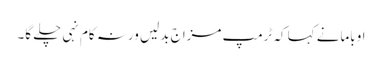
اوبامانے کہا کہ ٹرمپ مزاج بدلیں ورنہ کام نہی چلے گا۔